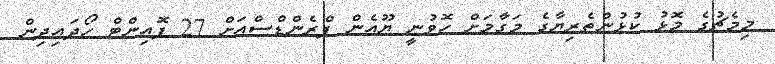
މިމެޗުގެ މޮޅު ކުޅުންތެރިޔާގެ މަގާމަށް ހޮވުނީ ޔޫއެން ފްރެންޑްސްއަށް 27 ޕޮއިންޓް ހޯދައިދިން